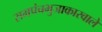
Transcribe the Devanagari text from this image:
समपंचभुजाकारवाले